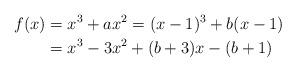
LaTeX: \begin{align*}f(x) & = x^3 + ax^2 = (x-1)^3 + b(x-1) \\& = x^3 - 3x^2 + (b+3)x - (b +1) \end{align*}